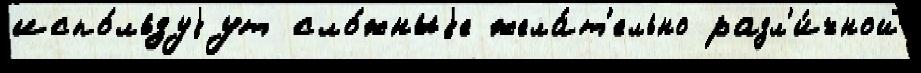
испо́льзуjут сло́жныjе жела́т'ельно разл'и́чной